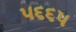
૫૬૬૫